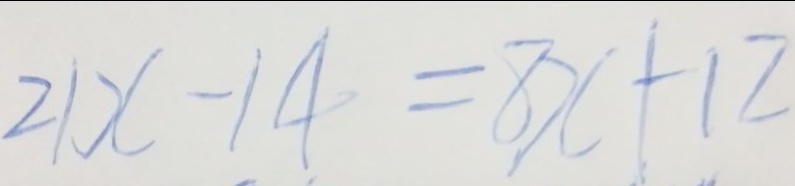
2 1 x - 1 4 = 8 x + 1 2